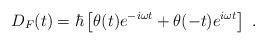
LaTeX: \begin{align*}D_F(t)=\hbar\left[ \theta (t)e^{-i\omega t}+\theta (-t)e^{i\omega t} \right]\ .\end{align*}